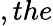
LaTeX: ,the